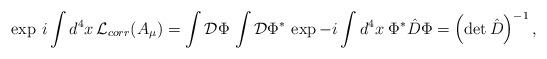
LaTeX: \begin{align*}\exp\,i\int d^4x\,{\cal L}_{corr}(A_{\mu})= \int{\cal D}\Phi\,\int{\cal D}\Phi^*\, \exp -i\int d^4x\;\Phi^*{\hat D}\Phi=\left({\rm det}\,{\hat D}\right)^{-1},\end{align*}